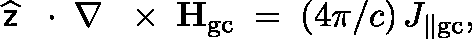
\widehat { \sf z } \, \mathrm { ~ \boldmath ~ \cdot ~ } \, \nabla \, \mathrm { ~ \boldmath ~ \times ~ } \, { \bf H } _ { \mathrm { g c } } \; = \; ( 4 \pi / c ) \, J _ { \| \mathrm { g c } } ,